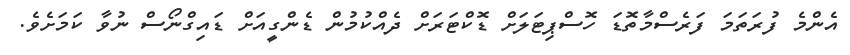
އެންމެ ފުރަތަމަ ފަރެސްމާތޮޑަ ހޮސްޕިޓަލަށް ޑޮކްޓަރަށް ދެއްކުމުން ޑެންގީއަށް ޑައިގްނޯސް ނުވާ ކަމަށެވެ.